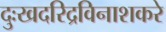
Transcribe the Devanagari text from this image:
दुःखदरिद्रविनाशकरे